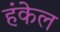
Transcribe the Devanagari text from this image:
हंकेल